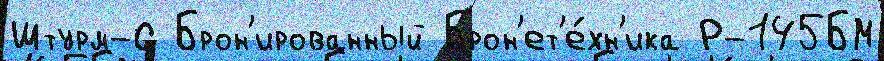
Штурм-С Брон'ированный Брон'ет'е́хн'ика Р-145БМ